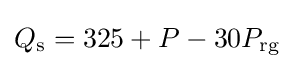
Q_{\text{s}}=325+P-30P_{\text{rg}}